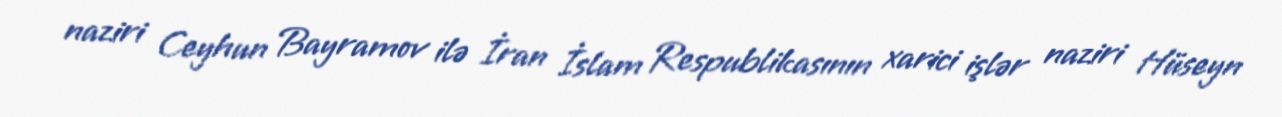
naziri Ceyhun Bayramov ilə İran İslam Respublikasının xarici işlər naziri Hüseyn